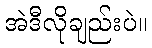
အဲဒီလိုချည်းပဲ။